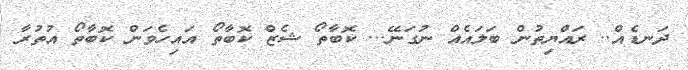
ދަނޑެއް.. ރައްޔިތުން ބަލައެއް ނުގަނޭ... ކޮބާތޯ ޝެޒް ކޮބާތޯ އައިހެވަން ކޮބާތޯ އުތުރާ